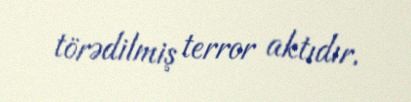
törədilmiş terror aktıdır.